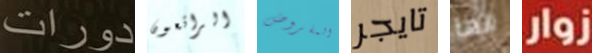
دورات الرائعون المفروض تايجر انها زوار